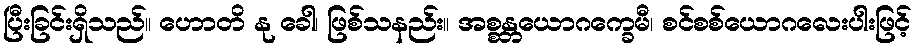
ပြီးခြင်းရှိသည်။ ဟောတိ နု ခေါ၊ ဖြစ်သနည်း။ အစ္စန္တယောဂက္ခေမီ၊ စင်စစ်ယောဂလေးပါးဖြင့်